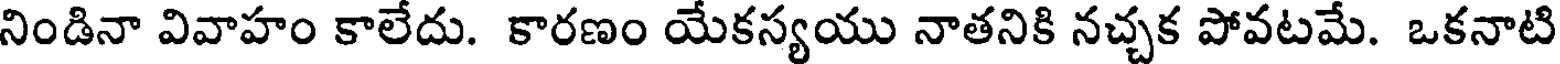
నిండినా వివాహం కాలేదు. కారణం యేకస్యయు నాతనికి నచ్చక పోవటమే. ఒకనాటి